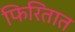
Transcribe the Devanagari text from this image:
फिरितात